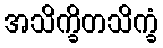
အသိက္ခိတသိက္ခံ